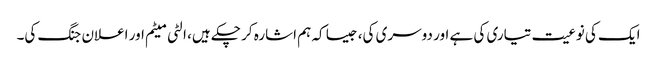
ایک کی نوعیت تیاری کی ہے اور دوسری کی، جیسا کہ ہم اشارہ کر چکے ہیں، الٹی میٹم اور اعلان جنگ کی۔